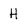
Character: H